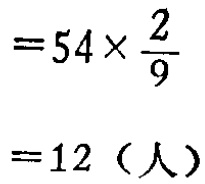
\[

\begin{align*}

&=54\times\frac{2}{9}\\

&=12（人）

\end{align*}

\]